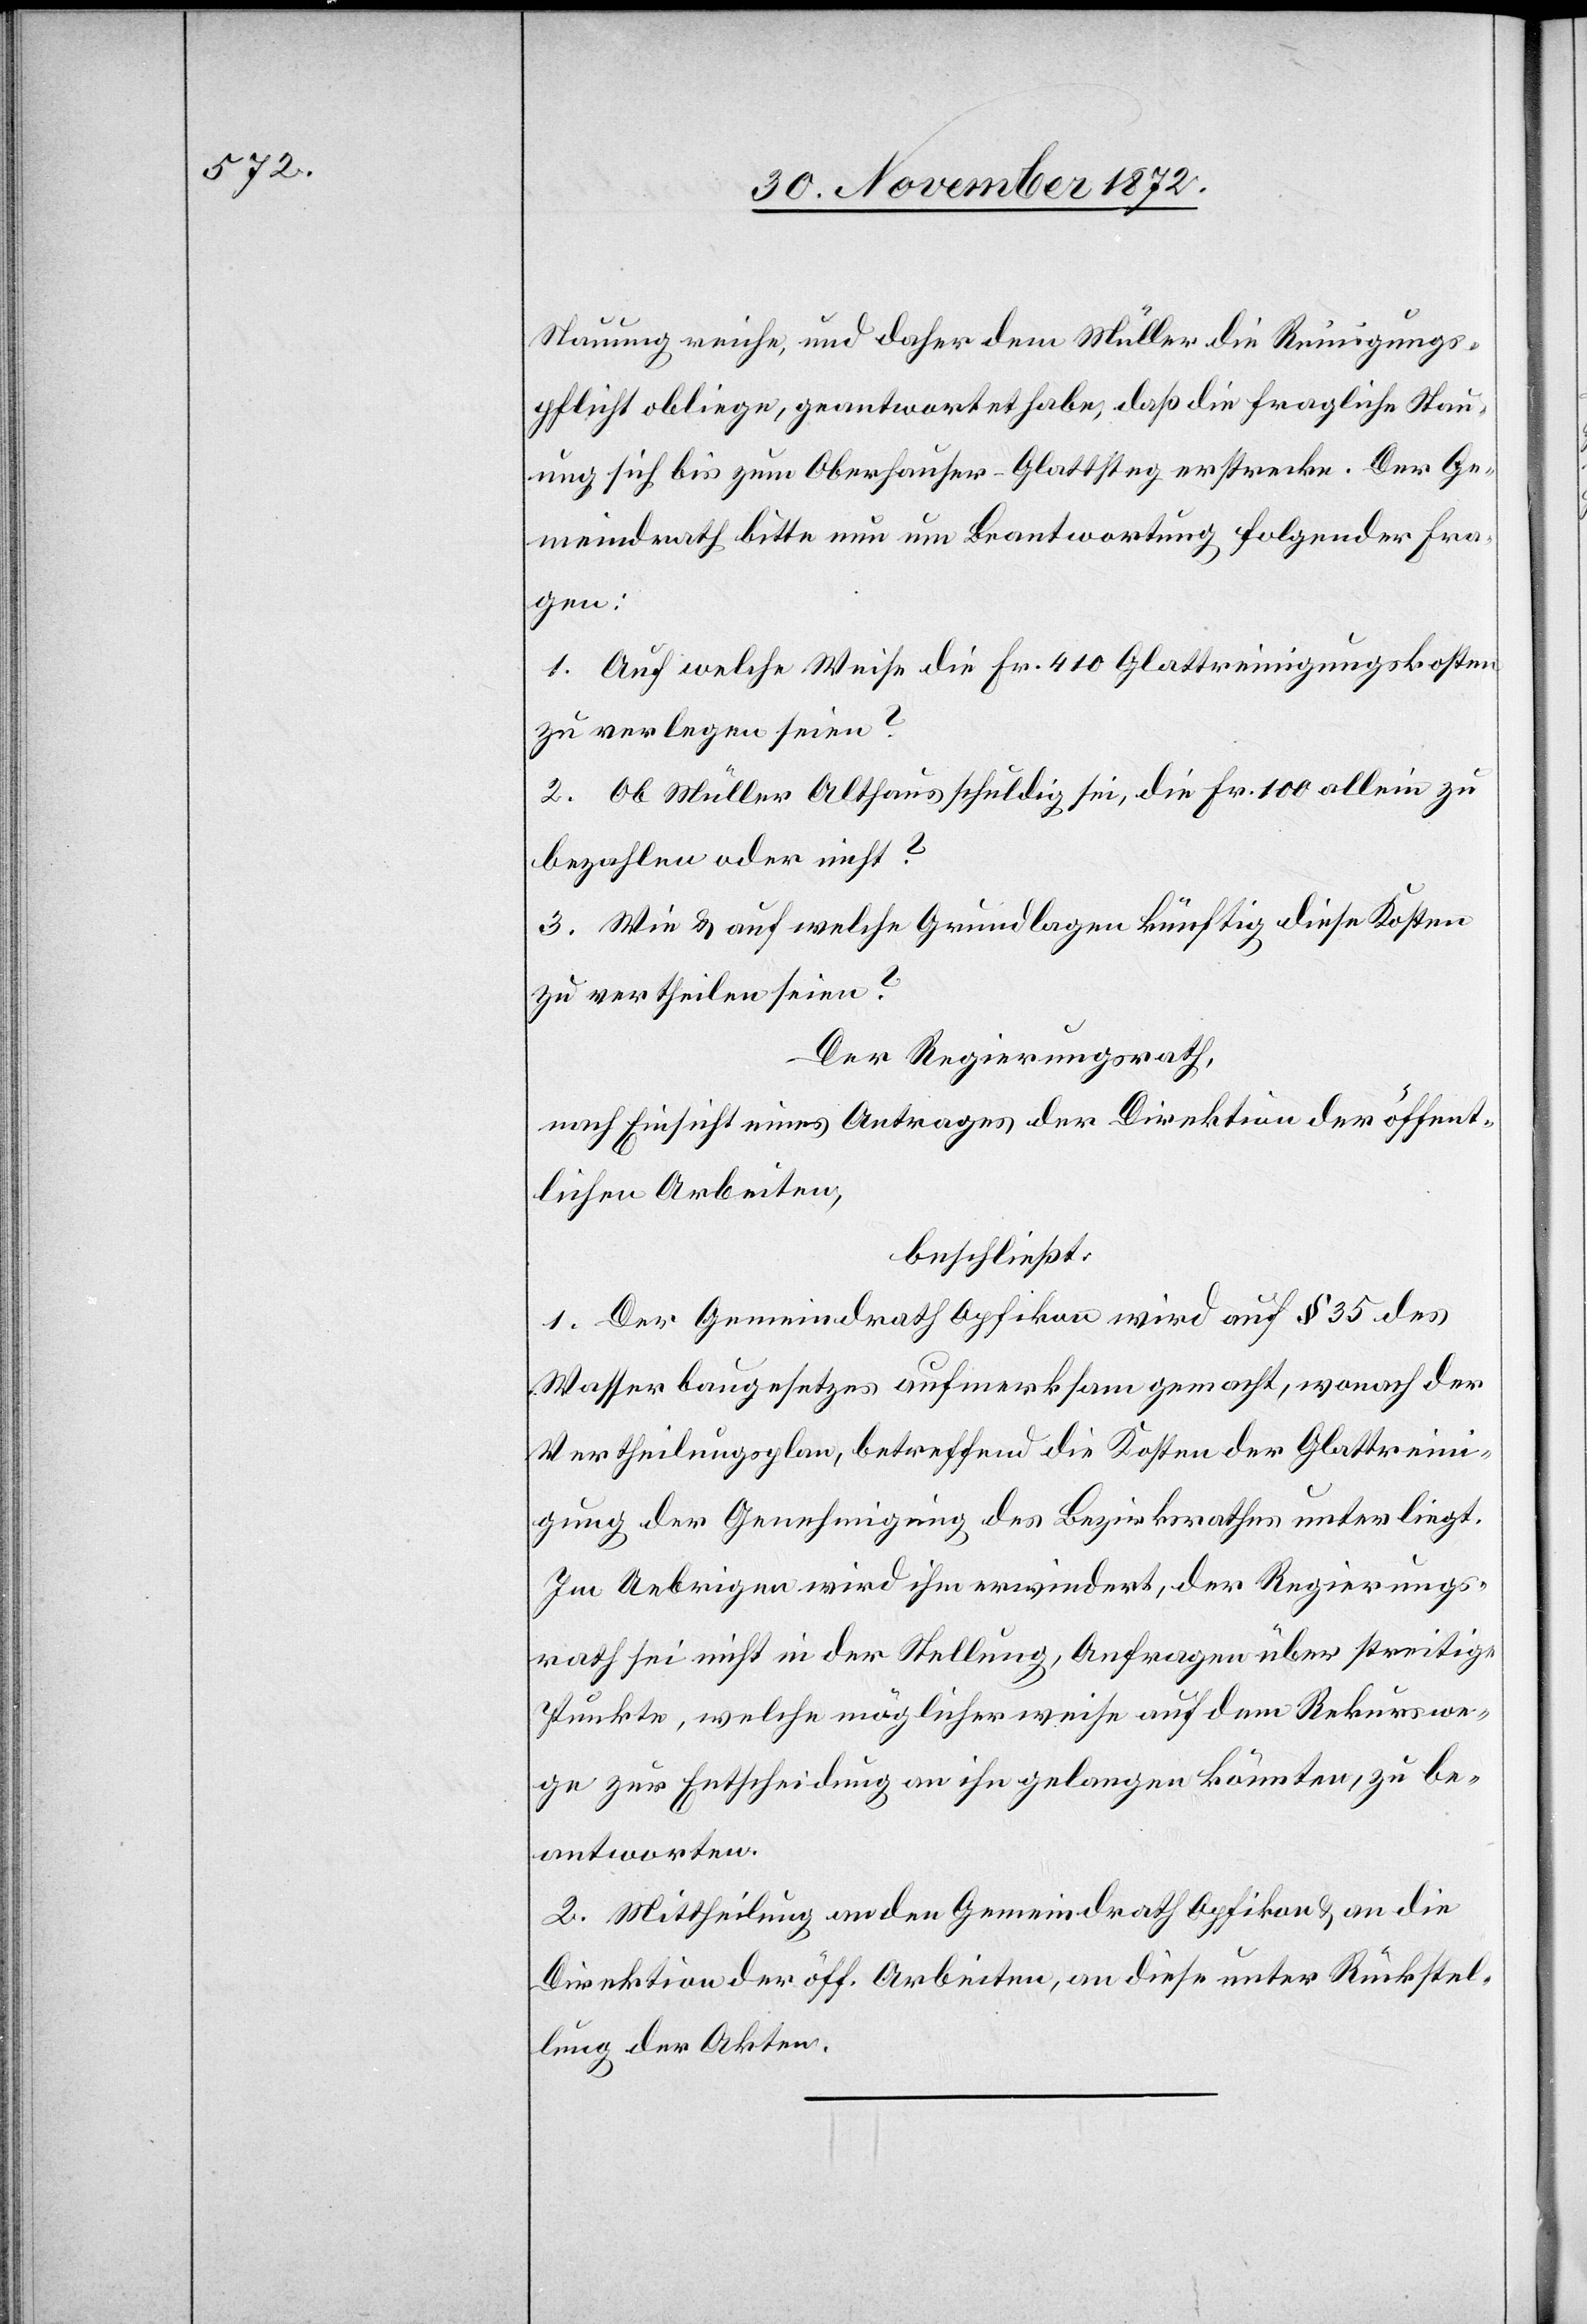
Stauung reiche, und daher dem Müller die Reinigungs¬
pflicht obliege, geantwortet habe, daß die fragliche Stau¬
meindrath bitte nun um Beantwortung folgender Fra¬
ge:
1. Auf welche Weise die Fr. 410 Glattreinigungskosten
zu verlegen seien?
2. Ob Müller Althaus schuldig sei, die Fr. 100 allein zu
bezahlen oder nicht?
3. Wie u. auf welche Grundlagen künftig diese Kosten
zu vertheilen seien?
Der Regierungsrath,
nach Einsicht eines Antrages der Direktion der öffent¬
lichen Arbeiten,
beschließt:
1. Der Gemeindrath Opfikon wird auf § 35 des
Wasserbaugesetzes aufmerksam gemacht, wonach der
Vertheilungsplan, betreffend die Kosten der Glattreini¬
gung der Genehmigung des Bezirksrathes unterliegt.
Im Uebrigen wird ihm erwiedert, der Regierungs¬
rath sei nicht in der Stellung, Anfragen über streitige
Punkte. welche möglicherweise auf dem Rekurswe¬
ge zur Entscheidung an ihn gelangen könnten, zu be¬
antworten.
2. Mittheilung an den Gemeindrath Opfikon u. an die
Direktion der öff. Arbeiten, an diese unter Rückstel¬
lung der Akten.